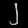
Digit: ၂